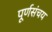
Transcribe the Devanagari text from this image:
पूर्णसंचय